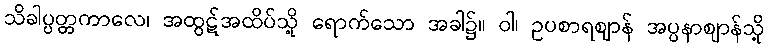
သိခါပ္ပတ္တကာလေ၊ အထွဋ်အထိပ်သို့ ရောက်သော အခါ၌။ ဝါ၊ ဥပစာရဈာန် အပ္ပနာဈာန်သို့